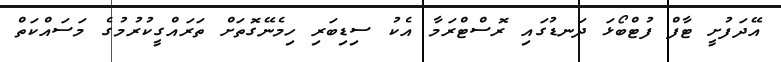
އޭދަފުށީ ޓާފް ފުޓްބޯޅަ ދަނޑުގައި ރޮސްޓްރަމާ އެކު ސިޑިބަރި ހިމެނޭގޮތަށް ތަރައްގީކުރުމުގެ މަސައްކަތް